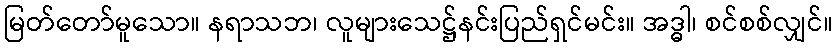
မြတ်တော်မူသော။ နရာသဘ၊ လူများသေဋ္ဌ်နင်းပြည်ရှင်မင်း။ အဒ္ဓါ၊ စင်စစ်လျှင်။